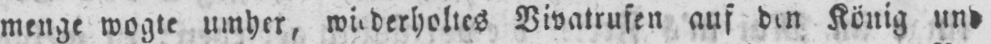
menge wogte umher, wiederholtes Vivatrufen auf den König und